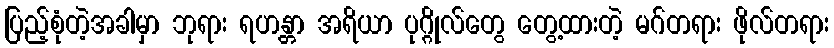
ပြည့်စုံတဲ့အခါမှာ ဘုရား ရဟန္တာ အရိယာ ပုဂ္ဂိုလ်တွေ တွေ့ထားတဲ့ မဂ်တရား ဖိုလ်တရား